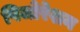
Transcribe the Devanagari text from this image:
पिजोरेशन